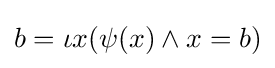
b=\iota x(\psi (x)\land x=b)